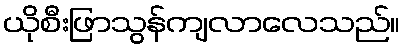
ယိုစီးဖြာသွန်ကျလာလေသည်။